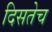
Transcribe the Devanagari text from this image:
दिसतेच